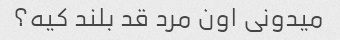
میدونی اون مرد قد بلند کیه؟